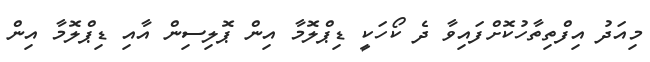
މިއަދު އިފްތިތާހުކޮށްފައިވާ ދެ ކޯހަކީ ޑިޕްލޮމާ އިން ޕޮލިސިން އާއި ޑިޕްލޮމާ އިން